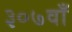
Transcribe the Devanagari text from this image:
३०७वाँ